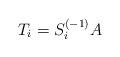
LaTeX: \begin{align*}T_i = S_i^{(-1)} A\end{align*}